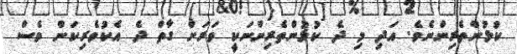
ކުޅުންތެރިންނެވެ. އަދި މި ދެ ކުޅުންތެރިންނަކީ ވަރަށް ގާތް ދެ އެކުވެރިކަން ވެސް